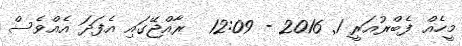
މީހެއް ފެބްރުއަރީ 1